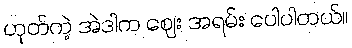
ဟုတ်ကဲ့ အဲဒါက ဈေး အရမ်း ပေါပါတယ်။